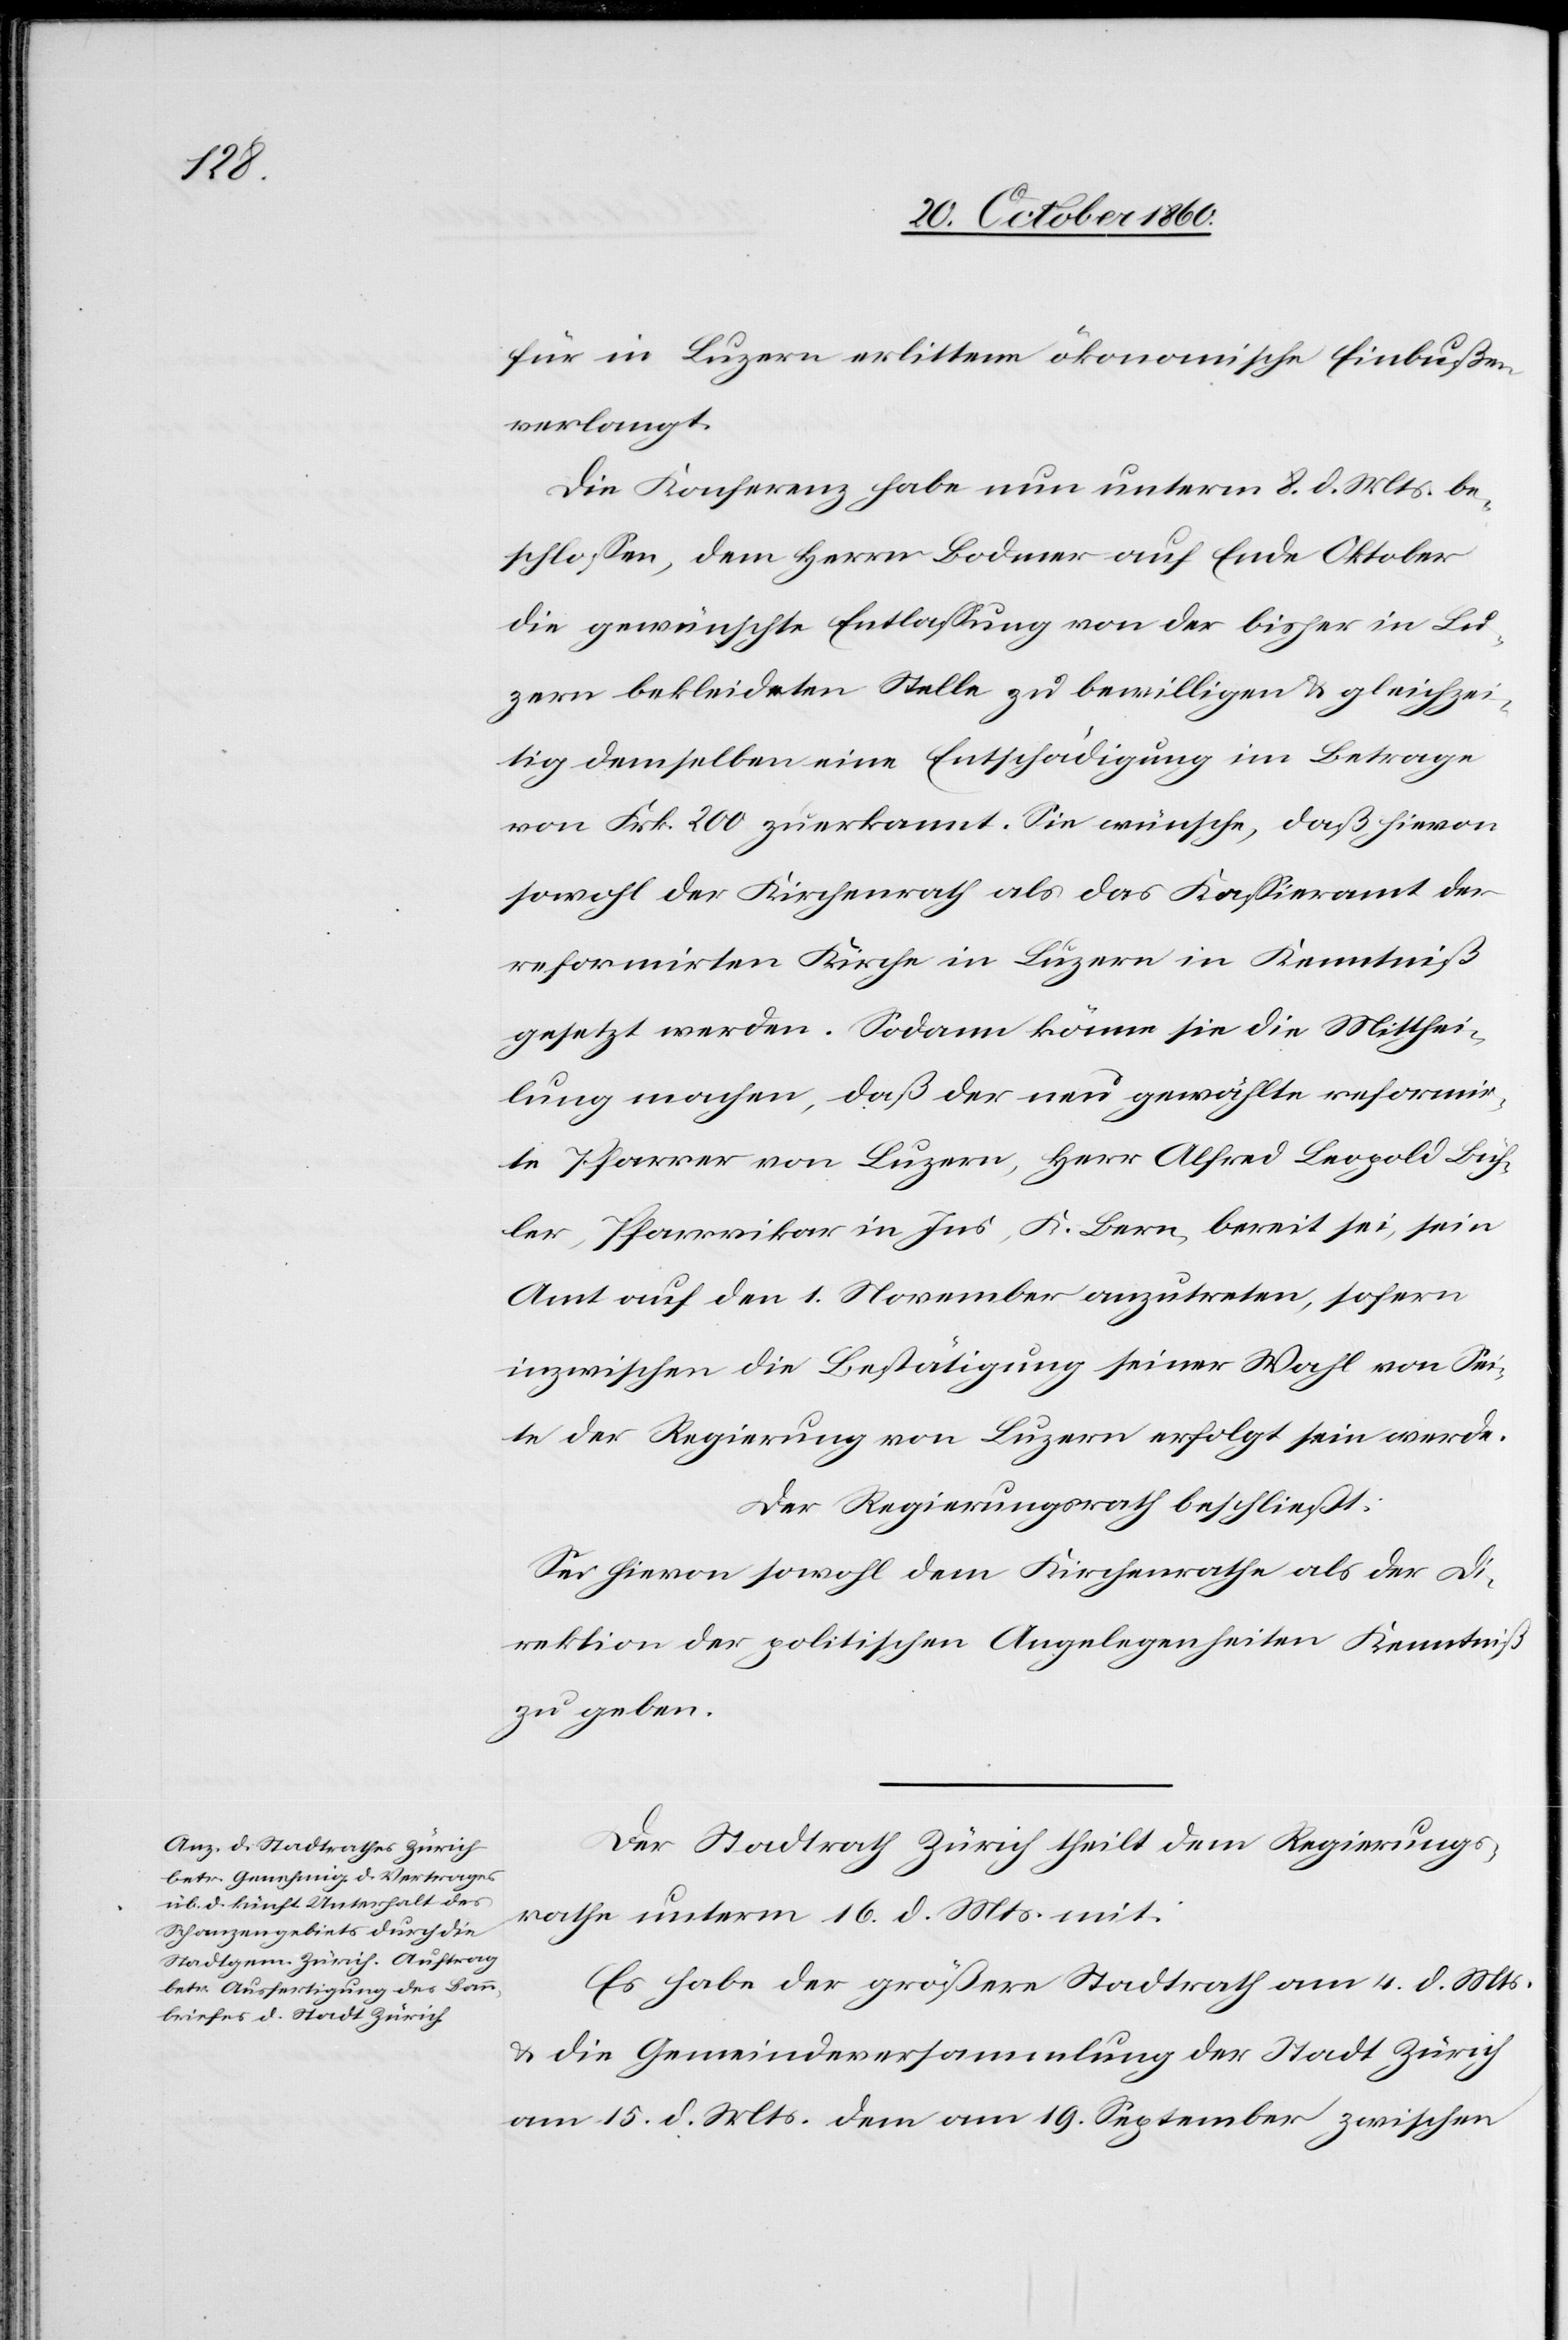
für in Luzern erlittene ökonomische Einbußen
verlangt.
Die Konferenz habe nun unterm 8. d. Mts. be¬
schlossen, dem Herrn Bodmer auf Ende Oktober
die gewünschte Entlassung von der bisher in Lu¬
zern bekleideten Stelle zu bewilligen u. gleichzei¬
tig demselben eine Entschädigung im Betrage
von Frk. 200 zuerkannt. Sie wünsche, daß hievon
sowohl der Kirchenrath als das Kassieramt der
reformirten Kirche in Luzern in Kenntniß
gesetzt werden. Sodann könne sie die Mitthei¬
lung machen, daß der neu gewählte reformir¬
te Pfarrer von Luzern, Herr Alfred Leopold Büh¬
ler, Pfarrvikar in Jus, K. Bern, bereit sei, sein
Amt auf den 1. November anzutreten, sofern
inzwischen die Bestätigung seiner Wahl von Sei¬
te der Regierung von Luzern erfolgt sein werde.
Der Regierungsrath beschließt:
Sei hievon sowohl dem Kirchenrathe als der Di¬
rektion der politischen Angelegenheiten Kenntniß
zu geben.
Der Stadtrath Zürich theilt dem Regierungs¬
rathe unterm 16. d. Mts. mit:
Es habe der größere Stadtrath am 4. d. Mts.
u. die Gemeindeversammlung der Stadt Zürich
am 15. d. Mts. dem am 19. September zwischen